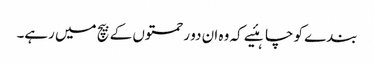
بندے کو چاہئیے کہ وہ ان دو رحمتوں کے بیچ میں رہے۔